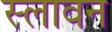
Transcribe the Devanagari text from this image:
स्लावन